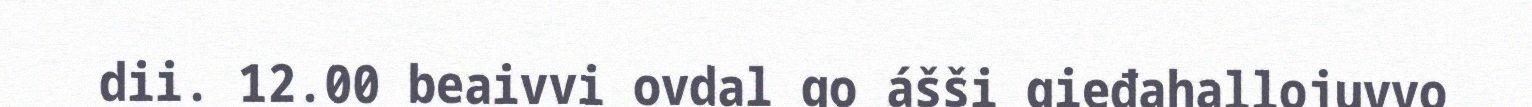
dii. 12.00 beaivvi ovdal go ášši gieđahallojuvvo